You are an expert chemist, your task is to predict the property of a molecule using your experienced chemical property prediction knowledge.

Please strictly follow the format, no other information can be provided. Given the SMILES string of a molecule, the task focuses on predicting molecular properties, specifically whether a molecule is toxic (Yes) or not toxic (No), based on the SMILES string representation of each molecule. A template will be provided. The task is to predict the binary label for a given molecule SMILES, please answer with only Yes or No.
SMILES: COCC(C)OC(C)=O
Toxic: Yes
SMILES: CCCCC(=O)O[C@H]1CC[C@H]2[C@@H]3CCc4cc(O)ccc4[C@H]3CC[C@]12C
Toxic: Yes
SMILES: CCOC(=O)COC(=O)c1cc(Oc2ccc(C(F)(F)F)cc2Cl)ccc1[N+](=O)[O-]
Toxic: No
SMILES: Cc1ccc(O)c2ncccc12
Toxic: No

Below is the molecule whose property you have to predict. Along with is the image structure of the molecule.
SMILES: CCc1cccc(N(C)C(=N)Nc2cccc3ccccc23)c1
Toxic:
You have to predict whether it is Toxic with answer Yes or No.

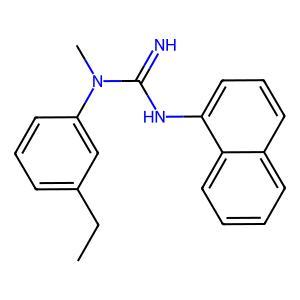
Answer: No